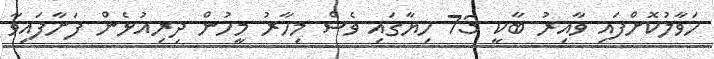
ހަވާލުކޮށްފައި ވާއިރު ބާކީ 73 ހިޔާގައި ވެސް މިހާރު މީހުން ދިރިއުޅެން ފަށާފައިވާ